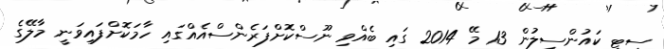
ސިޓީ ކައުންސިލުން 13 މޭ 2014 ގައި ބެއްވި ނޫސްކޮށްފަރެންސްއެއްގައި ހާމަކޮށްފައިވަނީ މާލޭގެ